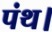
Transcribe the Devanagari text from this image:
पंथ।